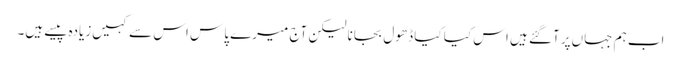
اب ہم جہاں‌پر آگئے ہیں اس کیا کیا ڈھول بجانا لیکن آج میرے پاس اس سے کہیں‌زیادہ پیسے ہیں۔